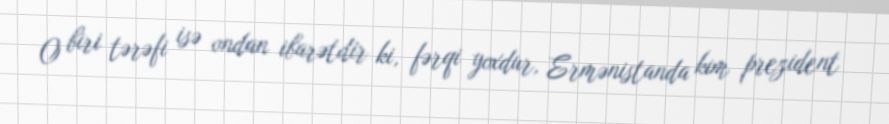
O biri tərəfi isə ondan ibarətdir ki, fərqi yoxdur, Ermənistanda kim prezident